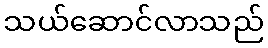
သယ်ဆောင်လာသည်